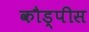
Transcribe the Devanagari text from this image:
कौड्पीस